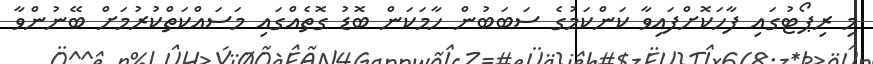
މި ރިޕޯޓުގައި ފާހަކޮށްފައިވާ ކަންކަމުގެ ސަބަބުން ހާމަކަން ބޮޑު ގޮތެއްގައި މަސައްކަތްކުރުމަށް ބޭނުންވާ